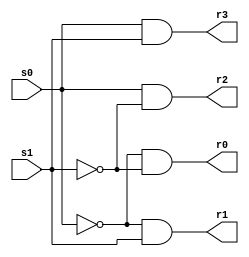
module decoder2to4(s0,s1,r0,r1,r2,r3);
input s0,s1;
output r0,r1,r2,r3;

assign r0 = ~s0 & ~s1;
assign r1 = ~s0 & s1;
assign r2 = s0 & ~s1;
assign r3 = s0 & s1;

endmodule